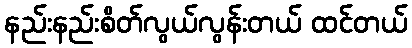
နည်းနည်းစိတ်လွယ်လွန်းတယ် ထင်တယ်